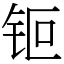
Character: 钷